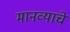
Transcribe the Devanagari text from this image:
मानव्याचे